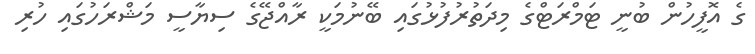
ގެ އޮފީހުން ބުނީ ޓަމްރަޓްގެ މިދަތުރުފުޅުގައި ބޭނުމަކީ ރާއްޖޭގެ ސިޔާސީ މަޝްރަހުގައި ހުރި